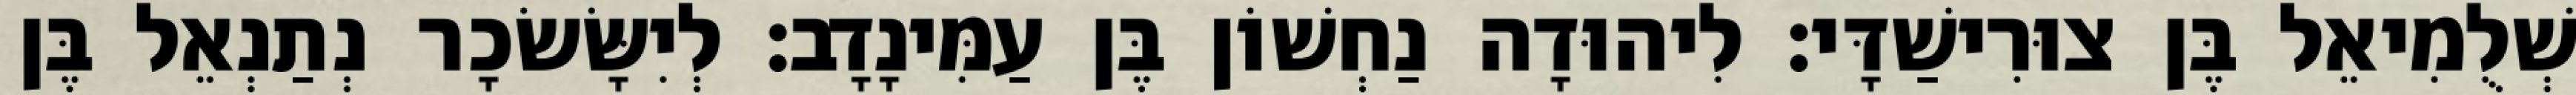
שְׁלֻמִיאֵל בֶּן צוּרִישַׁדָּי׃ לִיהוּדָה נַחְשׁוֹן בֶּן עַמִּינָדָב׃ לְיִשָּׂשׂכָר נְתַנְאֵל בֶּן